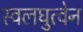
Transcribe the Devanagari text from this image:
स्वलघुत्वेन